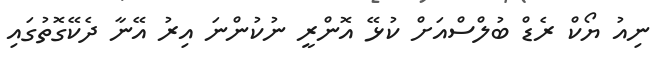
ނިއު ޔޯކް ރެޑް ބުލްސްއަށް ކުޅޭ އޮންރީ ނުކުންނަ އިރު އޭނާ ދެކޭގޮތުގައި